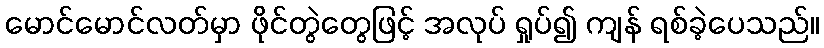
မောင်မောင်လတ်မှာ ဖိုင်တွဲတွေဖြင့် အလုပ် ရှုပ်၍ ကျန် ရစ်ခဲ့ပေသည်။